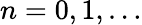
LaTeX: n=0,1,\dots